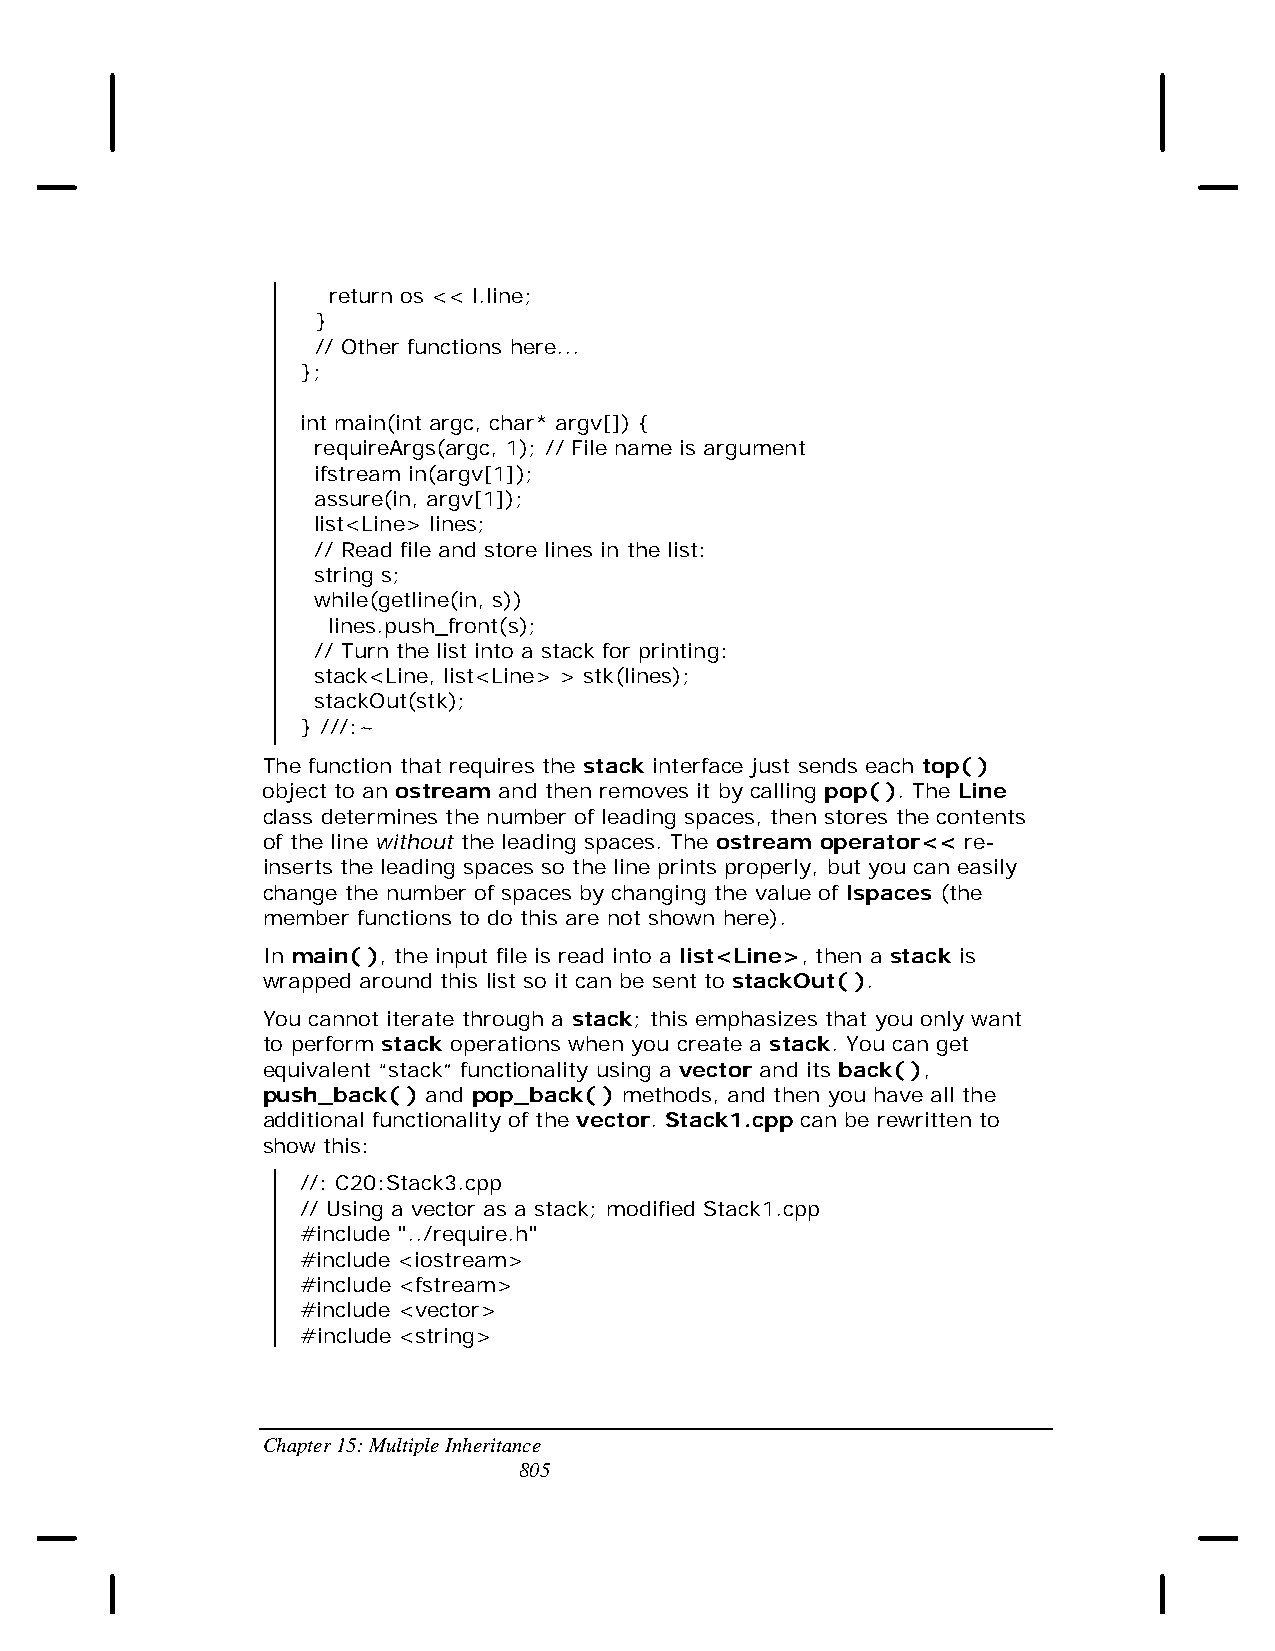
return os << l.line;
 }
 // Other functions here...
 };
 int main(int argc, char* argv[]) {
 requireArgs(argc, 1); // File name is argument
 ifstream in(argv[1]);
 assure(in, argv[1]);
 list<Line> lines;
 // Read file and store lines in the list:
 string s;
 while(getline(in, s))
 lines.push_front(s);
 // Turn the list into a stack for printing:
 stack<Line, list<Line> > stk(lines);
 stackOut(stk);
 } ///:~
 The function that requires the stack interface just sends each top( )
 object to an ostream and then removes it by calling pop( ). The Line
 class determines the number of leading spaces, then stores the contents
 of the line without the leading spaces. The ostream operator<< re-
 inserts the leading spaces so the line prints properly, but you can easily
 change the number of spaces by changing the value of lspaces (the
 member functions to do this are not shown here).
 In main( ), the input file is read into a list<Line>, then a stack is
 wrapped around this list so it can be sent to stackOut( ).
 You cannot iterate through a stack; this emphasizes that you only want
 to perform stack operations when you create a stack. You can get
 equivalent “stack” functionality using a vector and its back( ),
 push_back( ) and pop_back( ) methods, and then you have all the
 additional functionality of the vector. Stack1.cpp can be rewritten to
 show this:
 //: C20:Stack3.cpp
 // Using a vector as a stack; modified Stack1.cpp
 #include "../require.h"
 #include <iostream>
 #include <fstream>
 #include <vector>
 #include <string>
 Chapter 15: Multiple Inheritance
 805